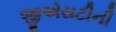
જીએસટીની